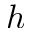
h